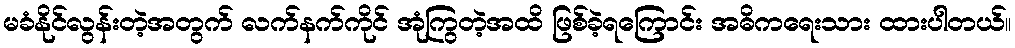
မခံနိုင်လွန်းတဲ့အတွက် လက်နက်ကိုင် အုံကြွတဲ့အထိ ဖြစ်ခဲ့ရကြောင်း အဓိကရေးသား ထားပါတယ်။